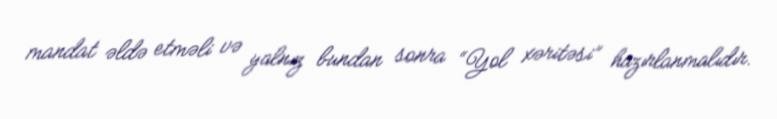
mandat əldə etməli və yalnız bundan sonra “Yol xəritəsi” hazırlanmalıdır.